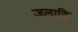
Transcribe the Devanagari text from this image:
जलादि